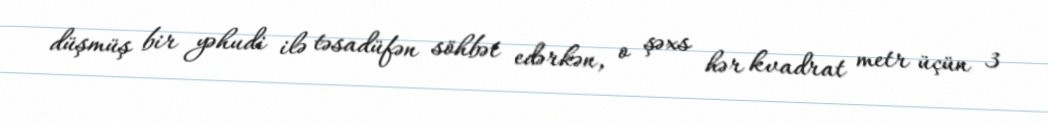
düşmüş bir yəhudi ilə təsadüfən söhbət edərkən, o şəxs hər kvadrat metr üçün 3